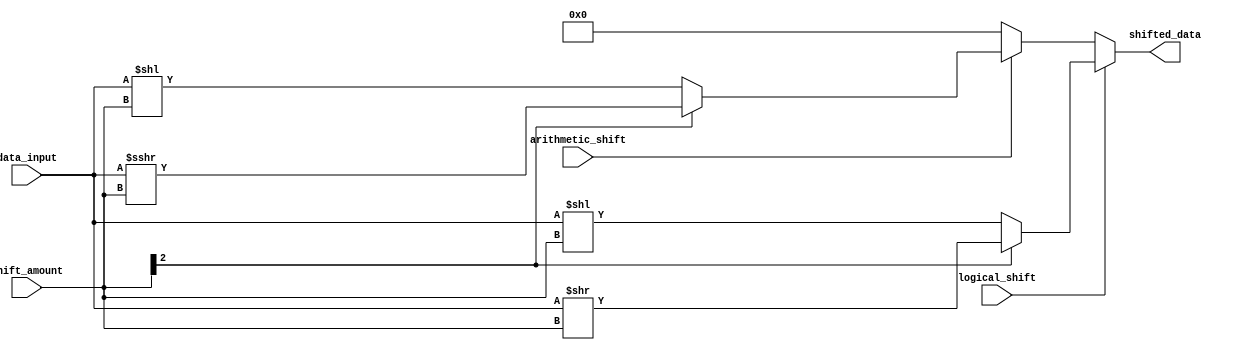
module barrel_shifter (
    input [7:0] data_input,
    input [2:0] shift_amount,
    input logical_shift,
    input arithmetic_shift,
    output reg [7:0] shifted_data
);

always @ (data_input, shift_amount, logical_shift, arithmetic_shift)
begin
    if (logical_shift)
    begin
        if (shift_amount[2] == 1'b0)
            shifted_data = data_input << shift_amount;
        else
            shifted_data = data_input >> shift_amount;
    end
    else if (arithmetic_shift)
    begin
        if (shift_amount[2] == 1'b0)
            shifted_data = $signed(data_input) << shift_amount;
        else
            shifted_data = $signed(data_input) >>> shift_amount; // Arithmetic right shift with sign extension
    end
    else
    begin
        shifted_data = 8'h00; // Default value
    end
end

endmodule